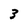
Character: 3